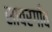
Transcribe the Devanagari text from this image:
सावरगाँव